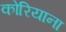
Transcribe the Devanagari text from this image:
कोरियाना